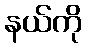
နယ်ကို